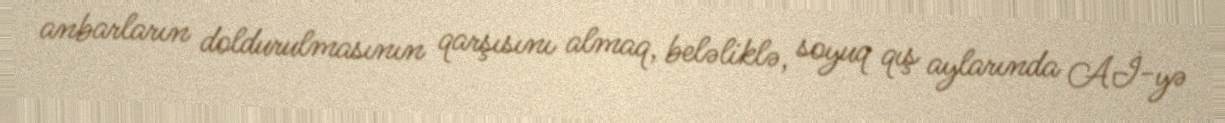
anbarların doldurulmasının qarşısını almaq, beləliklə, soyuq qış aylarında Aİ-yə